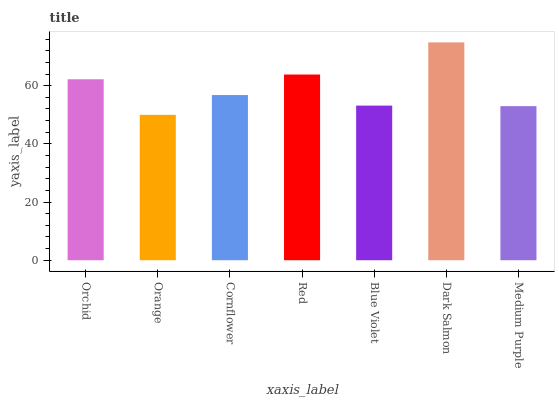
| xaxis_label | bars |
 | --- | --- |
 | Orchid | 62.2 |
 | Orange | 50 |
 | Cornflower | 56.8 |
 | Red | 63.8 |
 | Blue Violet | 53.2 |
 | Dark Salmon | 74.9 |
 | Medium Purple | 53 |